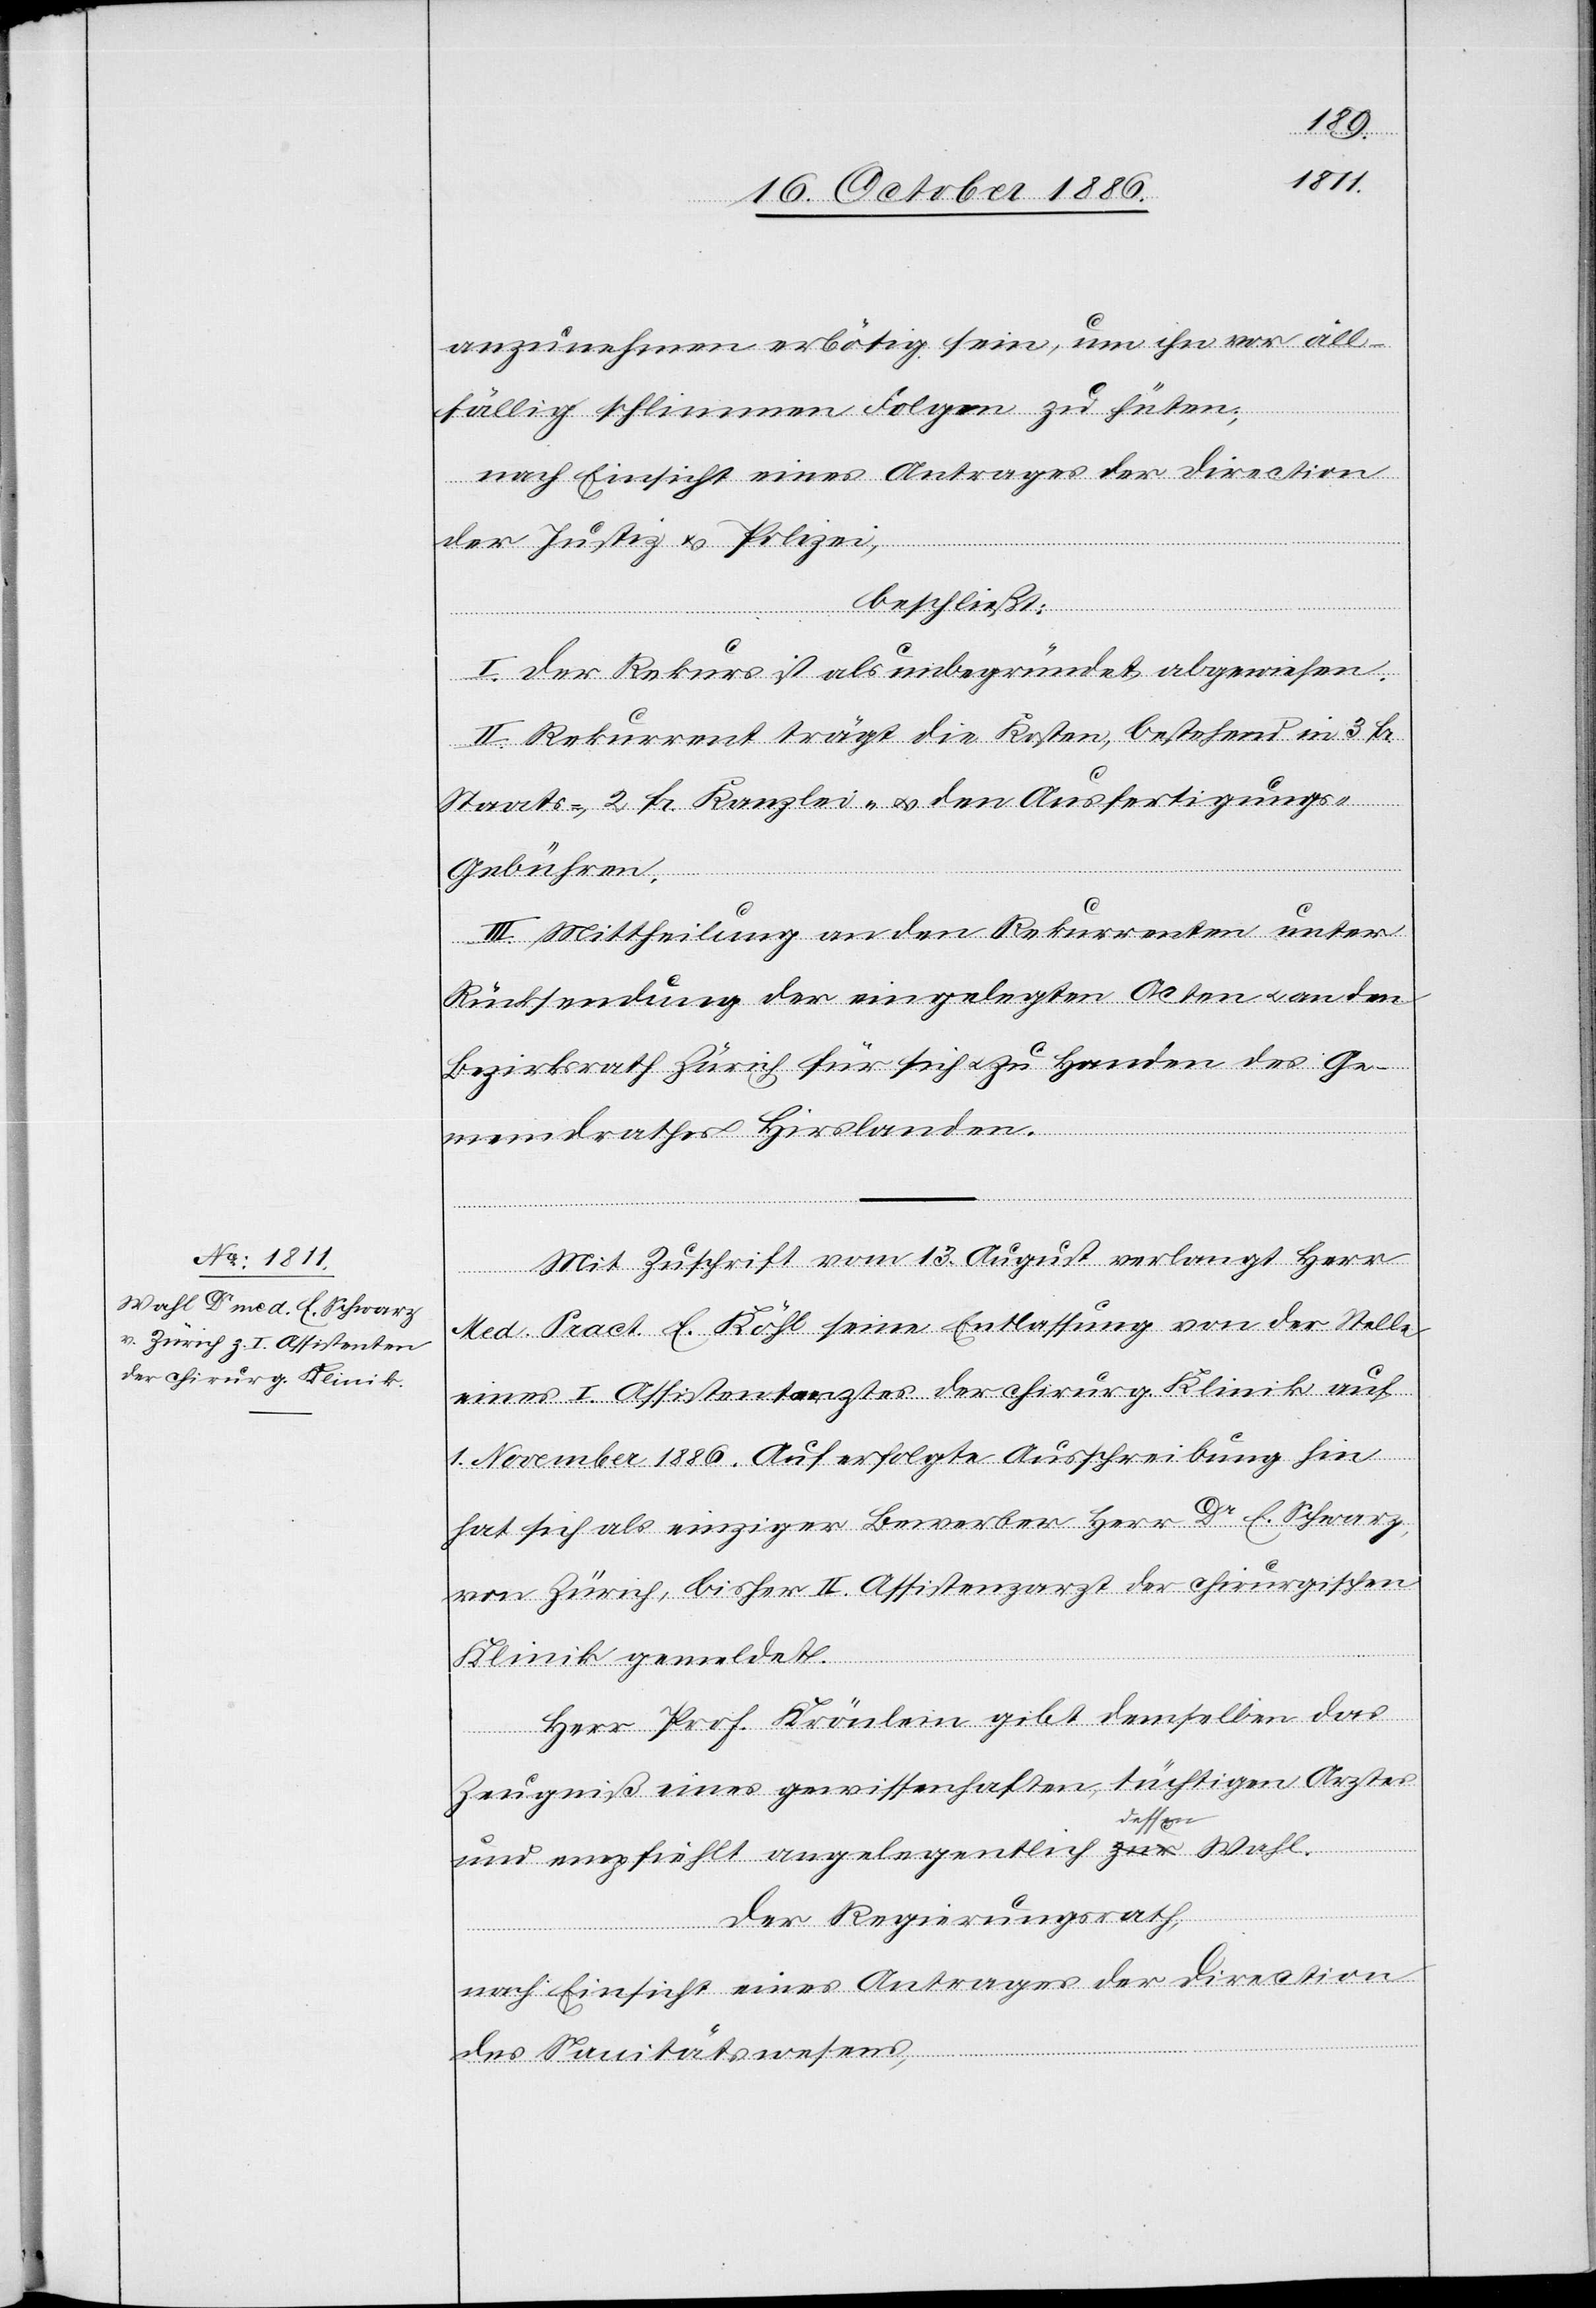
anzunehmen erbötig sein, um ihn vor all¬
fällig schlimmen Folgen zu hüten;
nach Einsicht eines Antrages der Direction
der Justiz & Polizei,
beschließt:
I. Der Rekurs ist als unbegründet abgewiesen.
II. Rekurrent trägt die Kosten, bestehend in 3 Fr.
Staats-, 2 Fr. Kanzlei- & den Ausfertigung¬
s-Gebühren.
III. Mittheilung an den Rekurrenten unter
Rücksendung der eingelegten Acten & an den
Bezirksrath Zürich für sich & zu Handen des Ge¬
meindrathes Hirslanden.
Mit Zuschrift vom 13. August verlangt Herr
Med. Pract. E. Köhl seine Entlassung von der Stelle
eines I. Assistentarztes [sic!] der chirurg. Klinik auf
1. November 1886. Auf erfolgte Ausschreibung hin
hat sich als einziger Bewerber Herr Dr E. Schwarz
von Zürich, bisher II. Assistenzarzt der chirurgischen
Klinik gemeldet.
Herr Prof. Krönlein gibt demselben das
Zeugniß eines gewissenhaften, tüchtigen Arztes
und empfiehlt angelegentlich dessen Wahl.
Der Regierungsrath,
nach Einsicht eines Antrages der Direction
des Sanitätswesens,